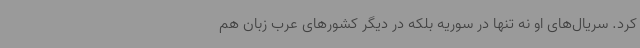
کرد. سریال‌های او نه تنها در سوریه بلکه در دیگر کشورهای عرب زبان هم